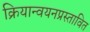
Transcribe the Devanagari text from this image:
क्रियान्वयनप्रस्तावित